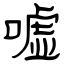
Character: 嘘